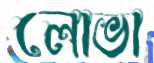
লোভা